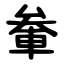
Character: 軬